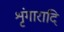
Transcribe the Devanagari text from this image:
शृंगारादि